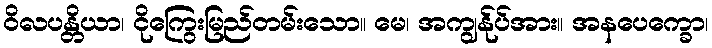
ဝိလပန္တိယာ၊ ငိုကြွေးမြည်တမ်းသော။ မေ၊ အကျွန်ုပ်အား။ အနပေက္ခော၊